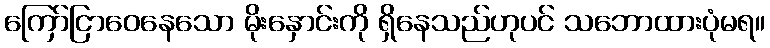
ကြော်ငြာဝေနေသော မိုးနှောင်းကို ရှိနေသည်ဟုပင် သဘောထားပုံမရ။